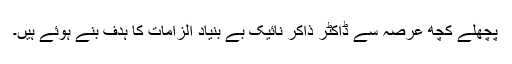
پچھلے کچھ عرصہ سے ڈاکٹر ذاکر نائیک بے بنیاد الزامات کا ہدف بنے ہُوئے ہیں۔